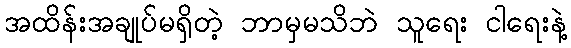
အထိန်းအချုပ်မရှိတဲ့ ဘာမှမသိဘဲ သူရေး ငါရေးနဲ့